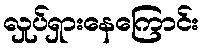
လှုပ်ရှားနေကြောင်း